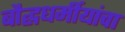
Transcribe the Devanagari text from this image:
बौद्धधर्मीयांचा